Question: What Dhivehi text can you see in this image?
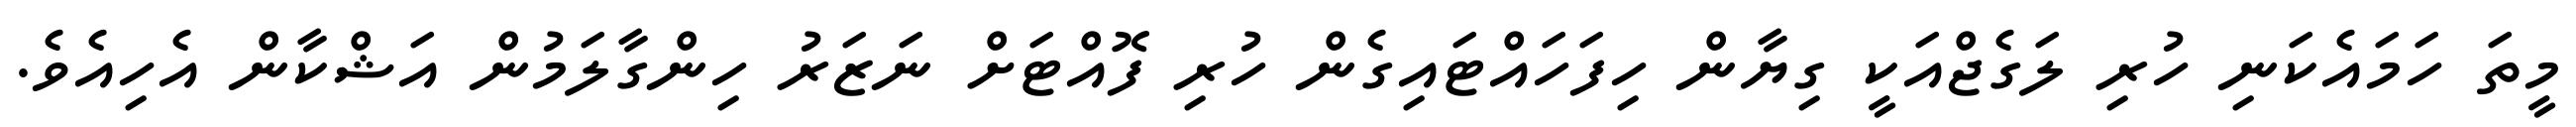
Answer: މީތަ ހަމައެކަނި ހުރި ލަގެޖްއަކީ ގިޔާން ހިފަހައްޓައިގެން ހުރި ފޮއްޓަށް ނަޒަރު ހިންގާލަމުން އަޝްކާން އެހިއެވެ.